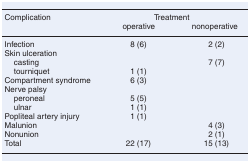
<table><thead><tr><td><b>Complication</b></td><td colspan="2"><b>Treatment</b></td></tr><tr><td></td><td><b>operative</b></td><td><b>nonoperative</b></td></tr></thead><tbody><tr><td>Infection</td><td>8 (6)</td><td>2 (2)</td></tr><tr><td>Skin ulceration</td><td></td><td></td></tr><tr><td>casting</td><td></td><td>7 (7)</td></tr><tr><td>tourniquet</td><td>1 (1)</td><td></td></tr><tr><td>Compartment syndrome</td><td>6 (3)</td><td></td></tr><tr><td>Nerve palsy</td><td></td><td></td></tr><tr><td>peroneal</td><td>5 (5)</td><td></td></tr><tr><td>ulnar</td><td>1 (1)</td><td></td></tr><tr><td>Popliteal artery injury</td><td>1 (1)</td><td></td></tr><tr><td>Malunion</td><td></td><td>4 (3)</td></tr><tr><td>Nonunion</td><td></td><td>2 (1)</td></tr><tr><td>Total</td><td>22 (17)</td><td>15 (13)</td></tr></tbody></table>